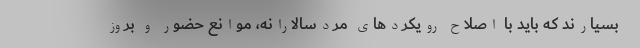
بسیارند که باید با اصلاح رویکردهای مردسالارانه، موانع حضور و بروز